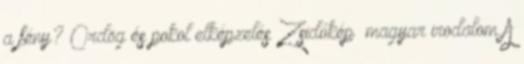
a fény? Ördög és pokol elképzelés Zsidókép magyar irodalom A